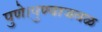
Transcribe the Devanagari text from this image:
पुणे।पुण्याजवळ